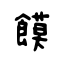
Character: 饃